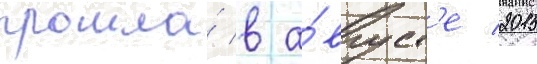
прошла́ в а́вгуст'е 2015